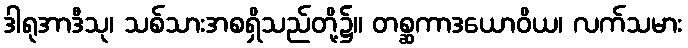
ဒါရုအာဒီသု၊ သစ်သားအစရှိသည်တို့၌။ တစ္ဆကာဒယောဝိယ၊ လက်သမား